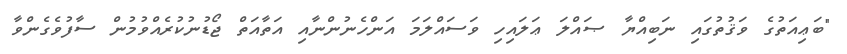
"ބަޢިއަތުގެ ވަޤުތުގައި ނަބިއްޔާ ޞައްލަ ޢަލައިހި ވަސައްލަމަ އަންހެނުންނާއި އަތާއަތް ޖޯޑުނުކުރެއްވުމުން ސާފުވެގެންވާ